Annual report of the Punjab Veterinary College and of the Civil Veterinary Department, Punjab - 1920-1925
Year: 1920
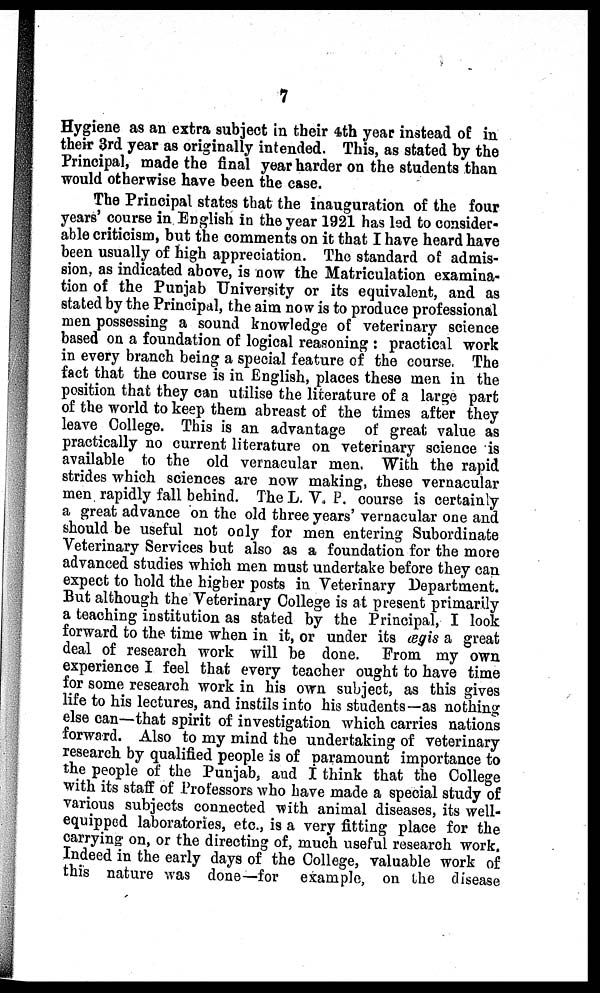
7
Hygiene as an extra subject in their 4th year instead of in
their 3rd year as originally intended. This, as stated by the
Principal, made the final year harder on the students than
would otherwise have been the case.
The Principal states that the inauguration of the four
years' course in English in the year 1921 has led to consider-
able criticism, but the comments on it that I have heard have
been usually of high appreciation. The standard of admis-
sion, as indicated above, is now the Matriculation examina-
tion of the Punjab University or its equivalent, and as
stated by the Principal, the aim now is to produce professional
men possessing a sound knowledge of veterinary science
based on a foundation of logical reasoning: practical work
in every branch being a special feature of the course. The
fact that the course is in English, places these men in the
position that they can utilise the literature of a large part
of the world to keep them abreast of the times after they
leave College. This is an advantage of great value as
practically no current literature on veterinary science is
available to the old vernacular men. With the rapid
strides which sciences are now making, these vernacular
men rapidly fall behind. The L. V. P. course is certainly
a great advance on the old three years' vernacular one and
should be useful not only for men entering Subordinate
Veterinary Services but also as a foundation for the more
advanced studies which men must undertake before they can
expect to hold the higher posts in Veterinary Department.
But although the Veterinary College is at present primarily
a teaching institution as stated by the Principal, I look
forward to the time when in it, or under its œgis a great
deal of research work will be done. From my own
experience I feel that every teacher ought to have time
for some research work in his own subject, as this gives
life to his lectures, and instils into his students—as nothing
else can—that spirit of investigation which carries nations
forward. Also to my mind the undertaking of veterinary
research by qualified people is of paramount importance to
the people of the Punjab, and I think that the College
with its staff of Professors who have made a special study of
various subjects connected with animal diseases, its well-
equipped laboratories, etc., is a very fitting place for the
carrying on, or the directing of, much useful research work.
Indeed in the early days of the College, valuable work of
this nature was done—for example, on the disease